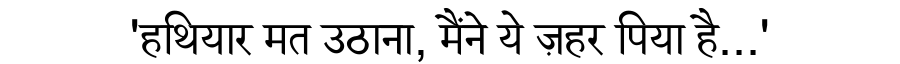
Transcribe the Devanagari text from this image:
'हथियार मत उठाना, मैंने ये ज़हर पिया है...'